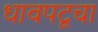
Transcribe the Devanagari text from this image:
धावपटूचा